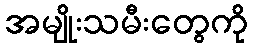
အမျိုးသမီးတွေကို